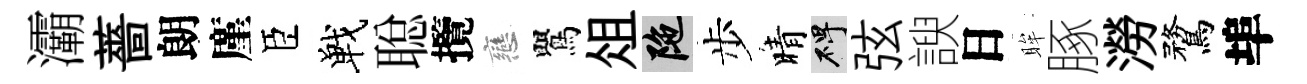
灞薔朗廑臣戰聪攬戀鸎俎陀步晴碑弦諛日眸䐁澇鶩埠